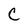
Character: C